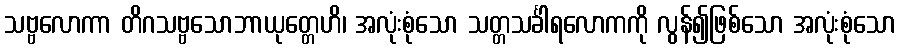
သဗ္ဗလောကာ တိဂသဗ္ဗသောဘာယုတ္တေဟိ၊ အလုံးစုံသော သတ္တသင်္ခါရလောကကို လွန်၍ဖြစ်သော အလုံးစုံသော